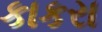
કાકરા